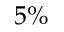
5 \%